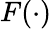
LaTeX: F(\cdot)